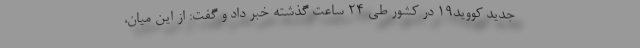
جدید کووید۱۹ در کشور طی ۲۴ ساعت گذشته خبر داد و گفت: از این میان،